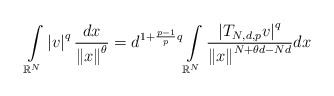
\begin{align*}\int\limits_{\mathbb{R}^{N}}\left\vert v\right\vert ^{q}\frac{dx}{\left\Vert x\right\Vert ^{\theta}}=d^{1+\frac{p-1}{p}q}\int\limits_{\mathbb{R}^{N}}\frac{\left\vert T_{N,d,p}v\right\vert ^{q}}{\left\Vert x\right\Vert^{N+\theta d-Nd}}dx\end{align*}